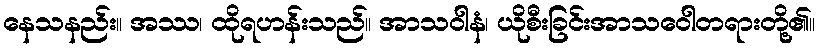
နေသနည်း။ အဿ၊ ထိုရဟန်းသည်။ အာသဝါနံ၊ ယိုစီးခြင်းအာသဝေါတရားတို့၏။